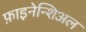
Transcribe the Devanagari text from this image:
फ़ाइनेन्शिअल